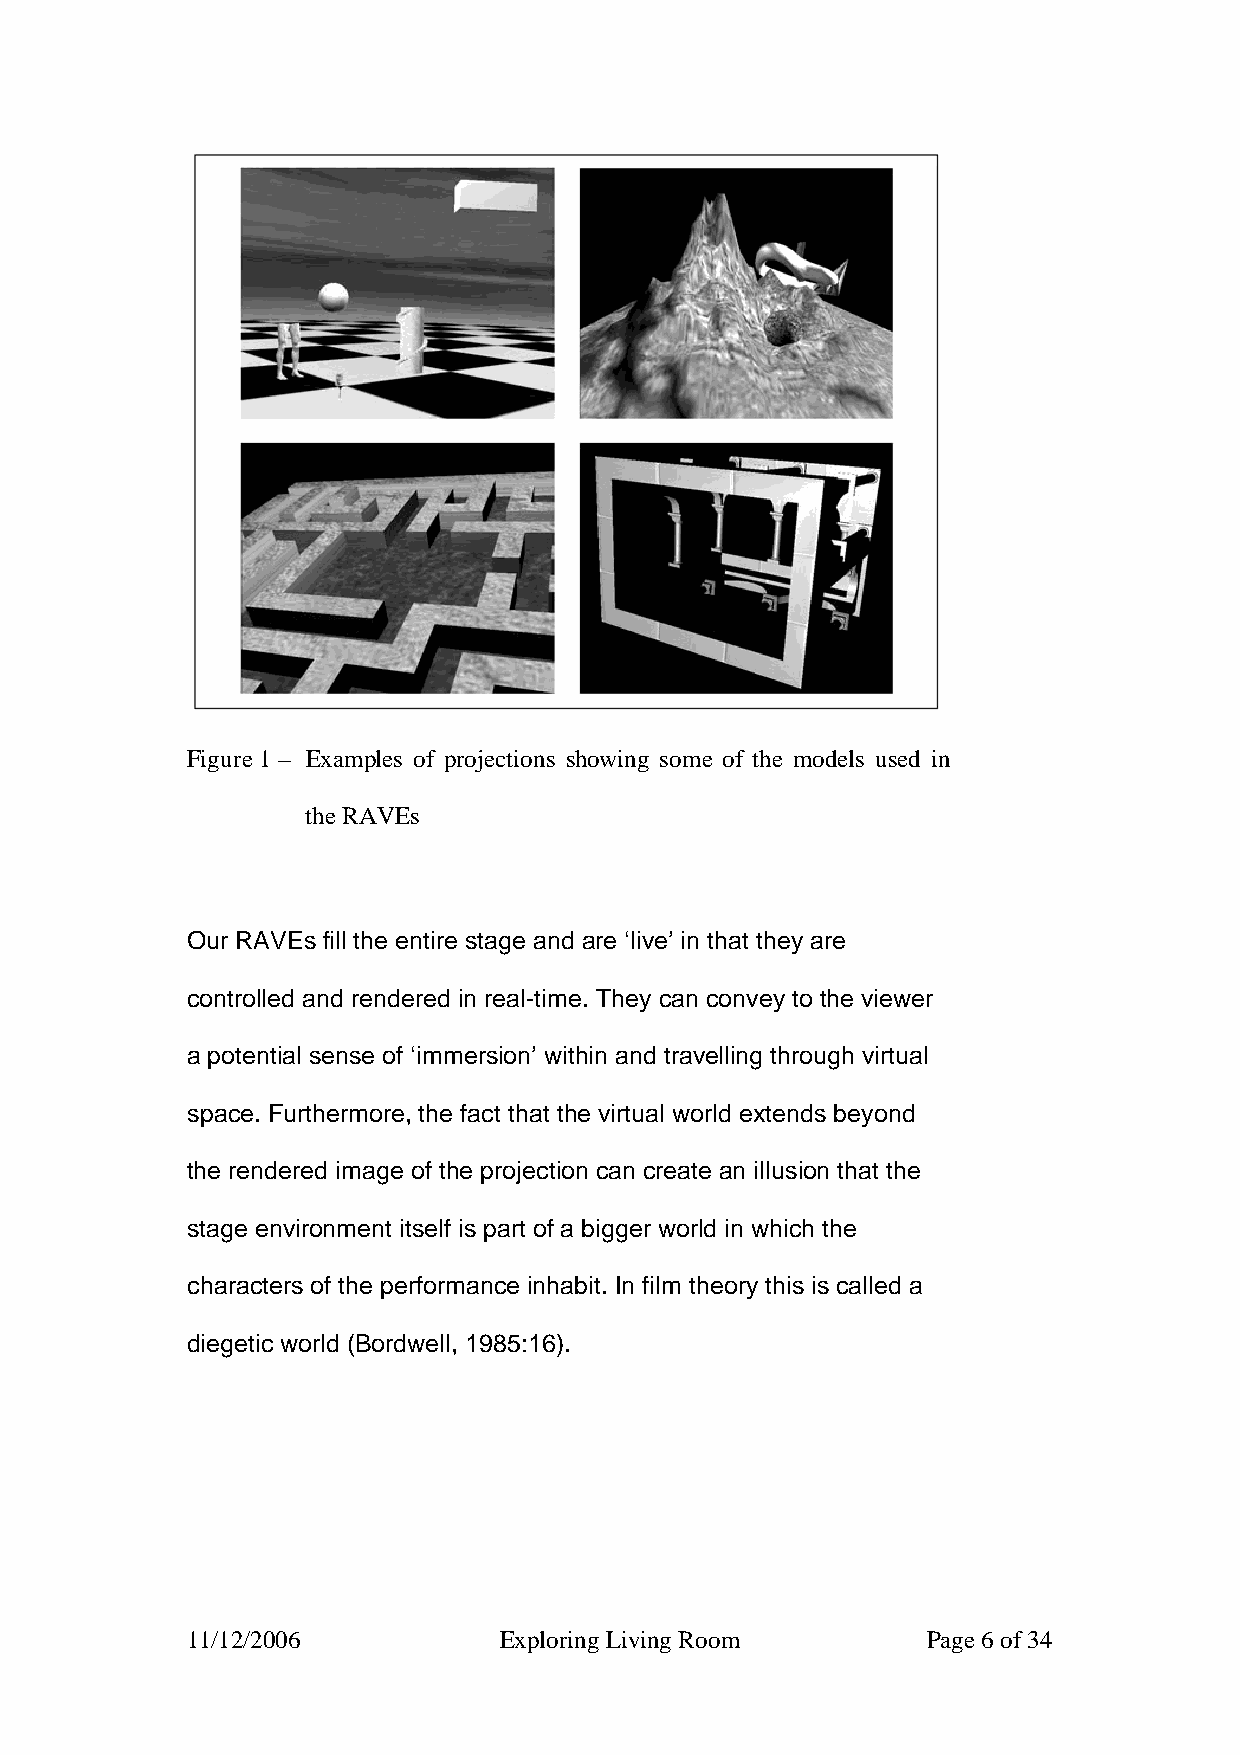
Figure 1 – Examples of projections showing some of the models used in
 the RAVEs
 Our RAVEs fill the entire stage and are ‘live’ in that they are
 controlled and rendered in real-time. They can convey to the viewer
 a potential sense of ‘immersion’ within and travelling through virtual
 space. Furthermore, the fact that the virtual world extends beyond
 the rendered image of the projection can create an illusion that the
 stage environment itself is part of a bigger world in which the
 characters of the performance inhabit. In film theory this is called a
 diegetic world (Bordwell, 1985:16).
 11/12/2006           Exploring Living Room       Page 6 of 34